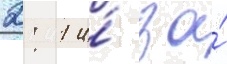
2: 1 и́ за́